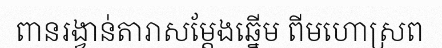
ពានរង្វាន់តារាសម្តែងឆ្នើម ពីមហោស្រព